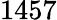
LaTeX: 1457